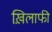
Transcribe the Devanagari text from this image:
ख़िलाफी